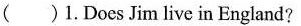
( )1.DoesJim live in England?